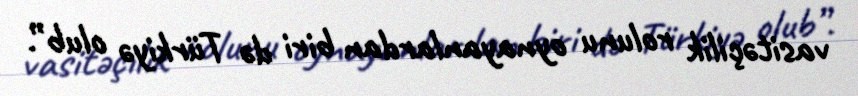
vasitəçilik rolunu oynayanlardan biri də Türkiyə olub”.